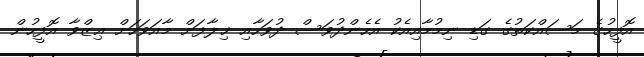
އޮފީހުގެ މަސައްކަތުގެ ގަޑި ނިމުމާއިއެކު އެހެންދުވަސް ދުވަހާއި ޚިލާފަށް މާއަވަހަށް ޢިޒްވާ އޮފީހުން